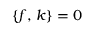
\{ f , \, k \} = 0